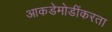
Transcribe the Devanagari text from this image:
आकडेमोडींकरता